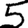
Digit: 5